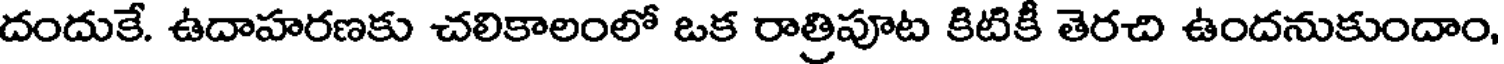
దందుకే. ఉదాహరణకు చలికాలంలో ఒక రాత్రిపూట కిటికీ తెరచి ఉందనుకుందాం,